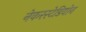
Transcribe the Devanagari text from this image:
नेकरस्टेडियोन